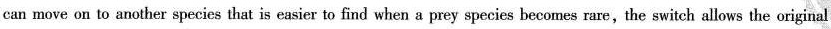
can move on to another species that is easier to find when a prey species becomes rare,the switch allows the original